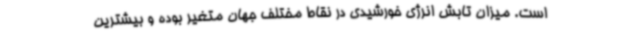
است. میزان تابش انرژی خورشیدی در نقاط مختلف جهان متغیر بوده و بیشترین